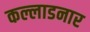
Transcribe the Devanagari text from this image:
कल्लाडनार